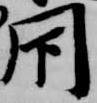
閇